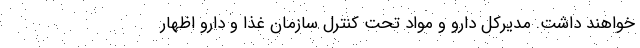
خواهند داشت. مدیرکل دارو و مواد تحت کنترل سازمان غذا و دارو اظهار